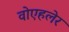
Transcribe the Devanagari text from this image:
वोएहलेर